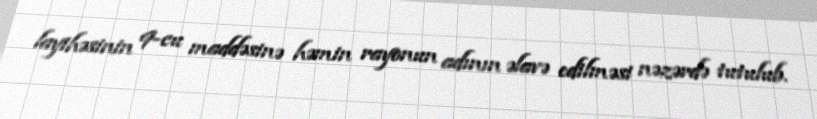
layihəsinin 9-cu maddəsinə həmin rayonun adının əlavə edilməsi nəzərdə tutulub.